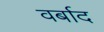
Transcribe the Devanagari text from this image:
वर्बाद